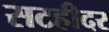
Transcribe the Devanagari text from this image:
सटहीदर